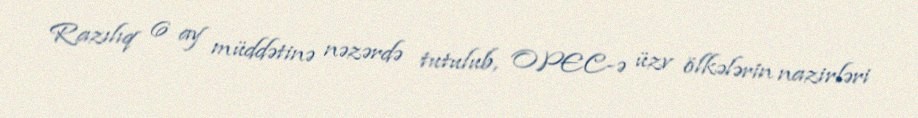
Razılıq 6 ay müddətinə nəzərdə tutulub, OPEC-ə üzv ölkələrin nazirləri